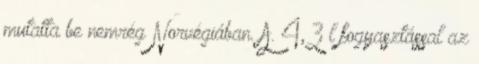
mutatta be nemrég Norvégiában. A. 4,3 l fogyasztással az